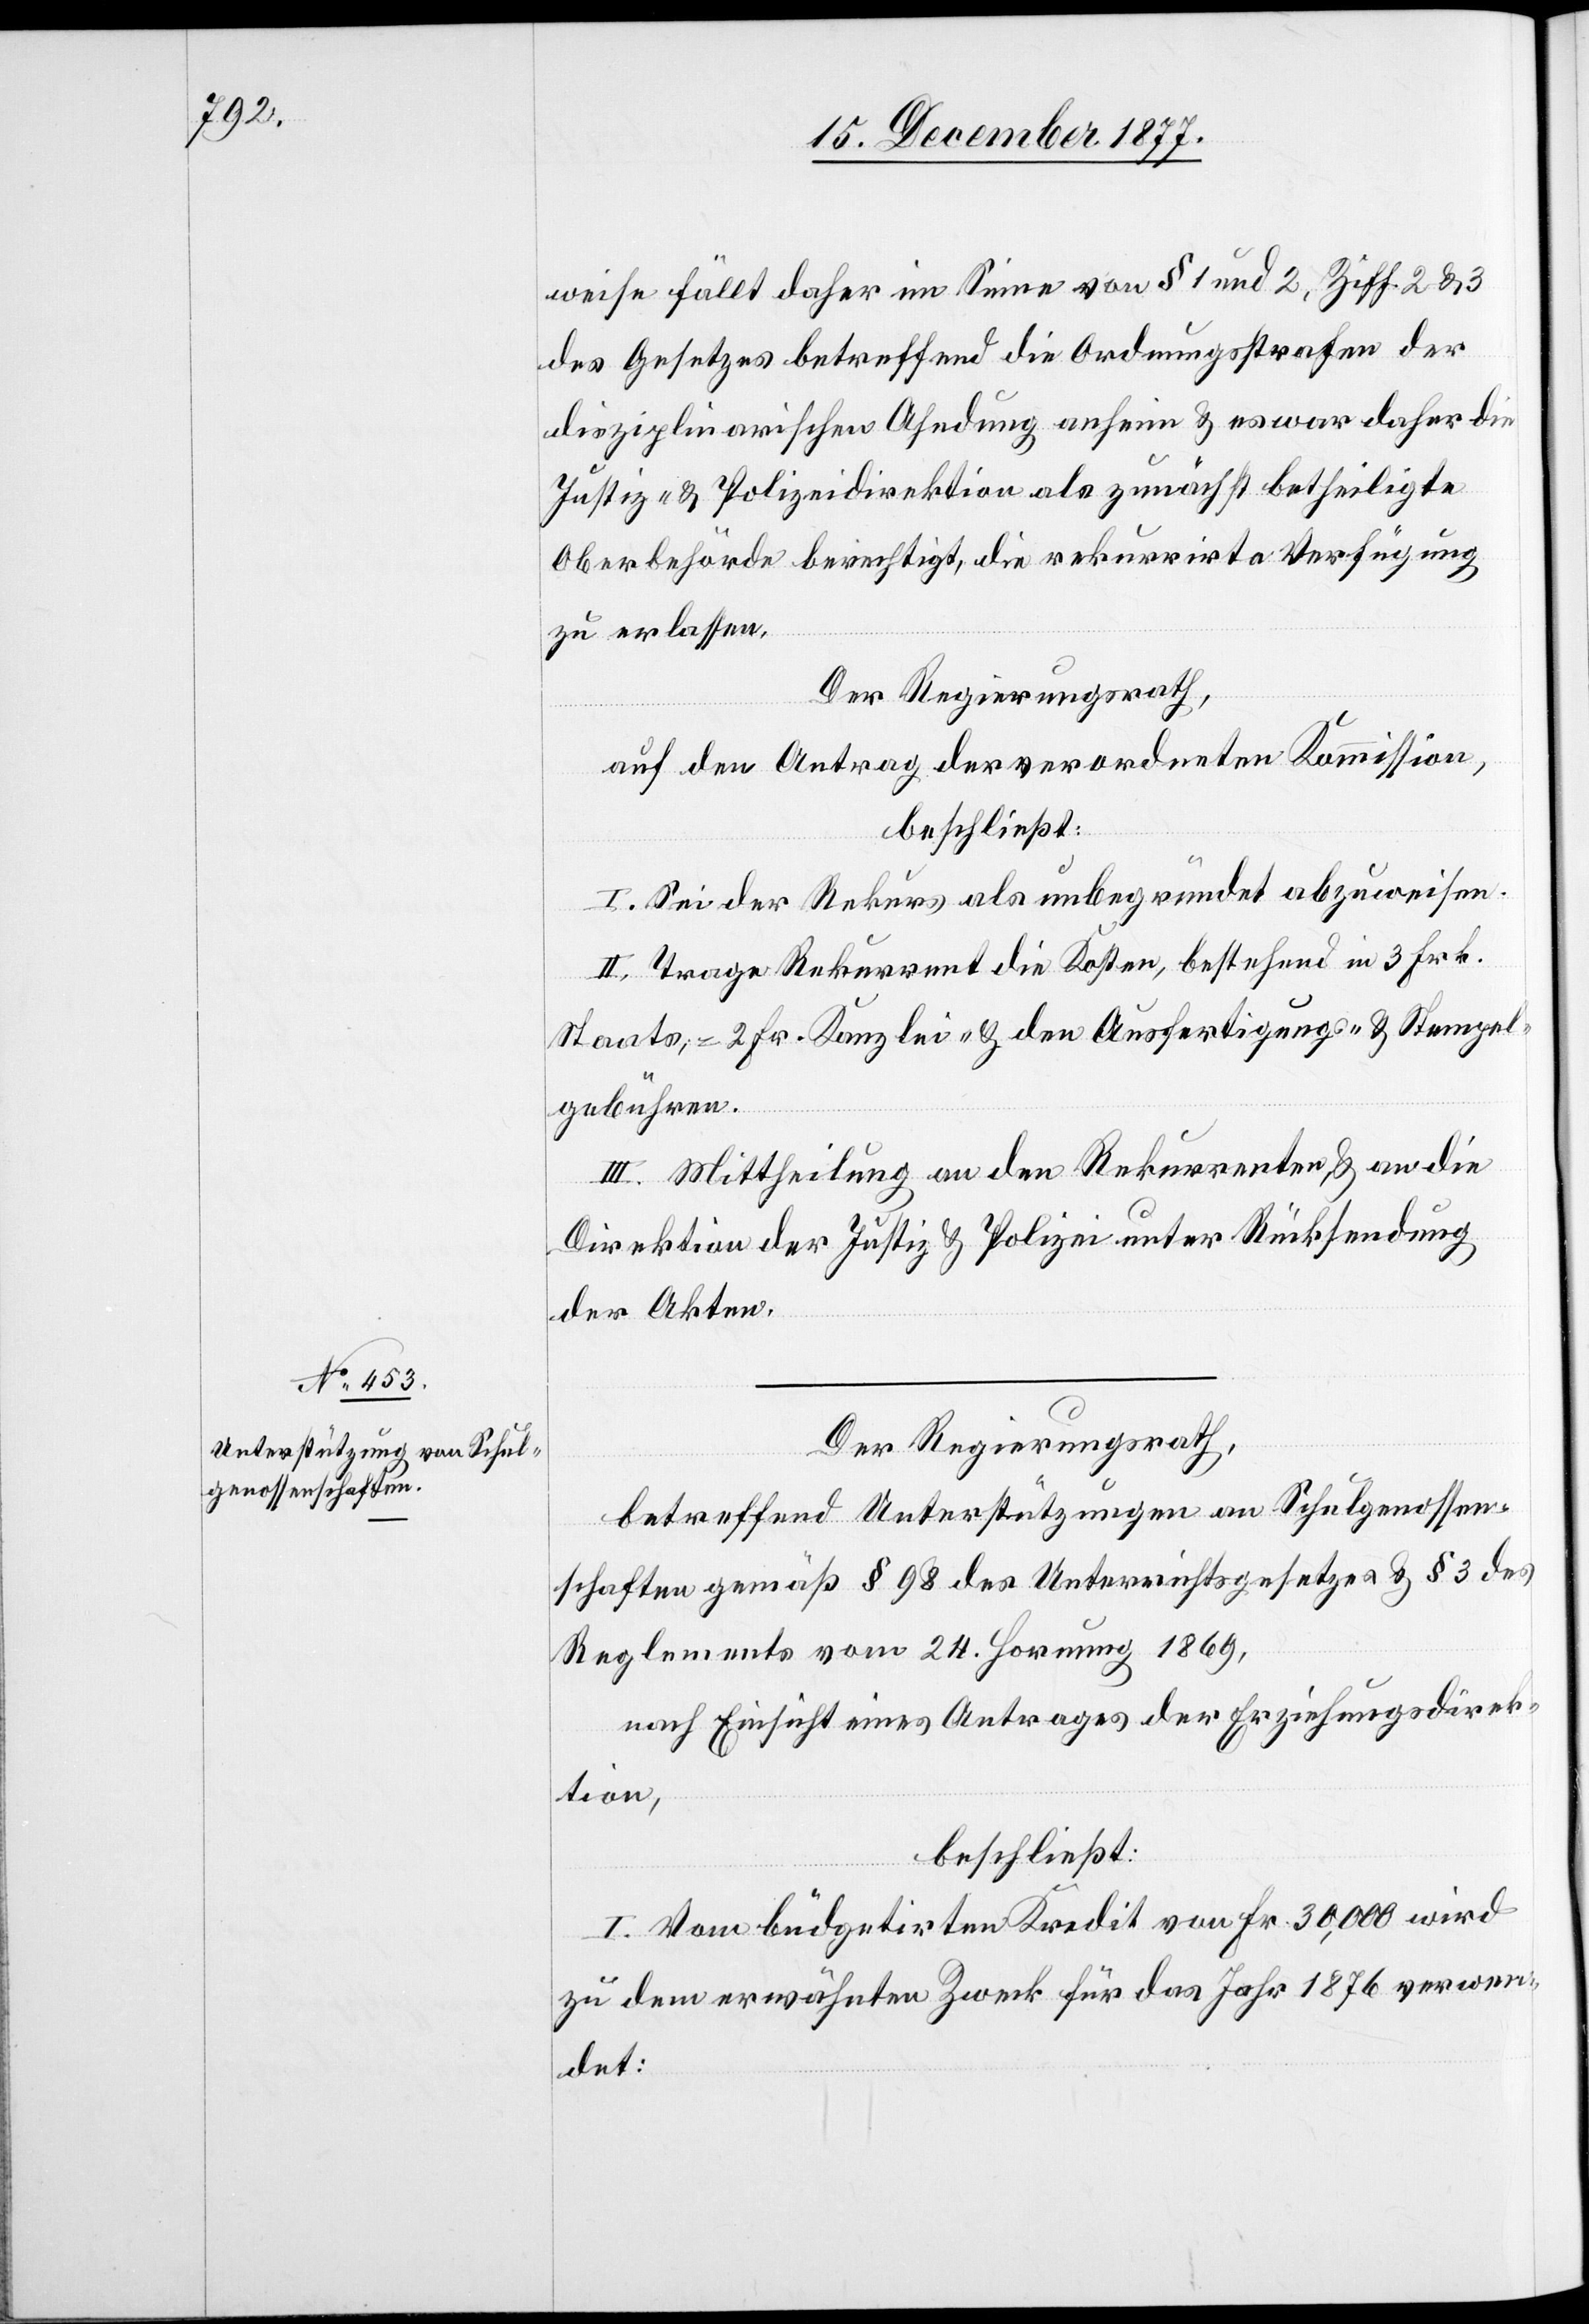
weise fällt daher im Sinne von § 1 und 2, Ziff. 2 & 3
des Gesetzes betreffend die Ordnungsstrafen der
disziplinarischen Ahndung anheim & es war daher die
Justiz- & Polizeidirektion als zunächst betheiligte
Oberbehörde berechtigt, die rekurrirte Verfügung
zu erlassen.
Der Regierungsrath,
auf den Antrag der verordneten Kommission,
beschließt:
I. Sei der Rekurs als unbegründet abzuweisen.
II. Trage Rekurrent die Kosten, bestehend in 3 Frk.
Staats-, 2 Fr. Kanzlei- & den Ausfertigungs- & Stempel¬
gebühren.
III. Mittheilung an den Rekurrenten & an die
Direktion der Justiz & Polizei unter Rücksendung
der Akten.
Der Regierungsrath,
betreffend Unterstützungen an Schulgenossen¬
schaften gemäß § 98 des Unterrichtsgesetzes & § 3 des
Reglements vom 24. Hornung 1869,
nach Einsicht eines Antrages der Erziehungsdirek¬
tion,
beschließt:
I. Vom büdgetirten Kredit von Fr. 30,000 wird
zu dem erwähnten Zweck für das Jahr 1876 verwen¬
det: